Civil Veterinary Department Bihar reports 1940-50 - 1940-1950
Year: 1940
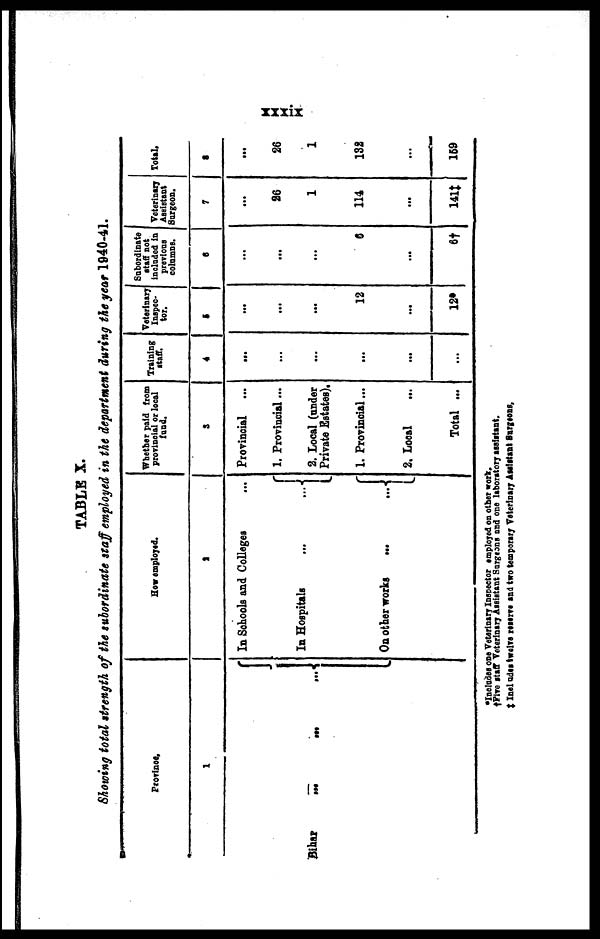
xxxix
TABLE X.
Showing total strength of the subordinate st af f employed in the department during the year 1940-41.
Province.
1
Bihar
... ...
...
How employed.
2
In Schools and Colleges ...
In Hospitals
...
...
On other works ... ...
Whether paid from
provincial or local
fund.
3
Provincial ...
1. Provincial...
2. Local (under
Private Estates),
1. Provincial...
2. Local
...
Total ...
Training
staff.
4
...
...
...
...
...
...
Veterinary
Inspec-
tor.
5
...
...
...
12
...
12*
Subordinate
staff not
included in
previous
columns.
6
...
...
...
6
...
6†
Veterinary
Assistant
Surgeon.
7
...
26
1
114
...
141‡
Total.
8
...
26
1
132
...
159
*Includes one Veterinary Inspector employed on other work.
†Five staff Veterinary Assistant Surgeons and one laboratory assistant.
‡Inel udes twelve reserve and two temporary Veterinary Assistant surgones eras,